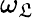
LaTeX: \omega_{\mathfrak{L}}